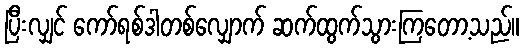
ပြီးလျှင် ကော်ရစ်ဒါတစ်လျှောက် ဆက်ထွက်သွားကြတော့သည်။